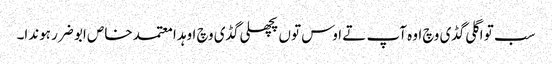
سب تو اگلی گڈی وچ اوہ آپ تے اوس توں پچھلی گڈی وچ اوہد ا معتمد خاص ابو ضرر ہوندا۔